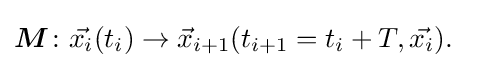
{\begin{aligned}{\boldsymbol {M}}\colon {\vec {x_{i}}}(t_{i})&\to {\vec {x}}_{i+1}(t_{i+1}=t_{i}+T,{\vec {x_{i}}}).\end{aligned}}